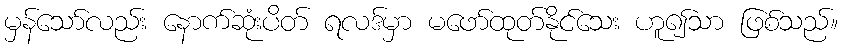
မှန်သော်လည်း နောက်ဆုံးပိတ် ရလဒ်မှာ မဖော်ထုတ်နိုင်သေး ဟူ၍သာ ဖြစ်သည်။